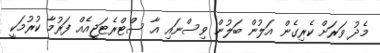
މެދު ވަރަށް ކެރިގެން އަލުން ބަލުން ވިސްނައި އާ ސްޓްރެޓަޖީއެއް ފަރުމާ ކުރުމަކީ